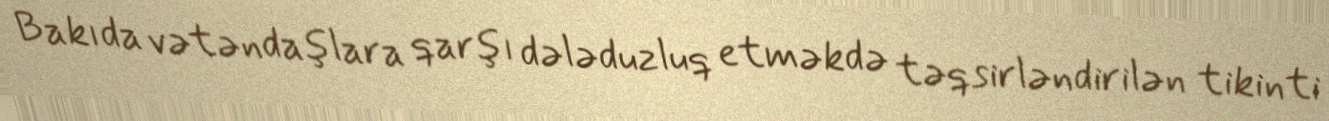
Bakıda vətəndaşlara qarşı dələduzluq etməkdə təqsirləndirilən tikinti